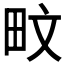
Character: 𪽌